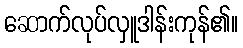
ဆောက်လုပ်လှူဒါန်းကုန်၏။